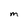
Character: M